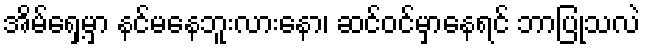
အိမ်ရှေ့မှာ နင်မနေဘူးလားနော၊ ဆင်ဝင်မှာနေရင် ဘာပြုသလဲ